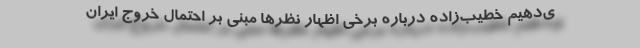
ی‌دهیم خطیب‌زاده درباره برخی اظهار نظرها مبنی بر احتمال خروج ایران